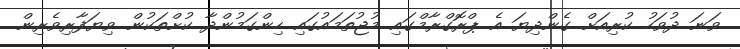
ވަނަ ދުވަހު ކުރިއަށް ގެންދިޔަ އެ ޕްރޮގްރާމްގައި މުޖުތަމައުގައި ހިންގަމުންދާ ކުށްތަކުން ވިޔަފާރިވެރިން